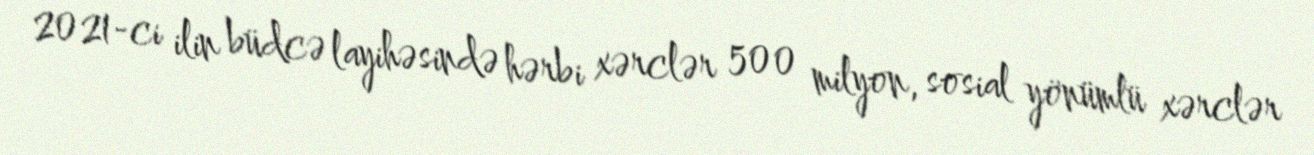
2021-ci ilin büdcə layihəsində hərbi xərclər 500 milyon, sosial yönümlü xərclər